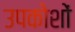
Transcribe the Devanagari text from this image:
उपकोशों